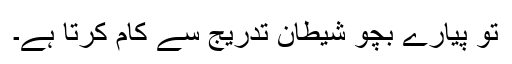
تو پیارے بچو شیطان تدریج سے کام کرتا ہے۔